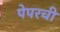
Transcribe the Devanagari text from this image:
पेपरची